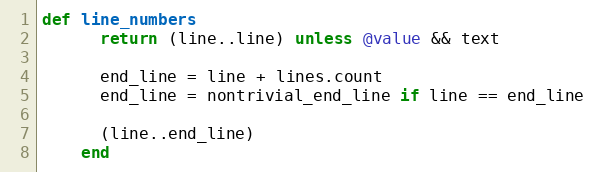
Language: Ruby
def line_numbers
      return (line..line) unless @value && text

      end_line = line + lines.count
      end_line = nontrivial_end_line if line == end_line

      (line..end_line)
    end